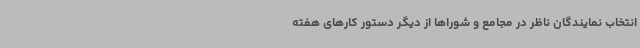
انتخاب نمایندگان ناظر در مجامع و شوراها از دیگر دستور کارهای هفته